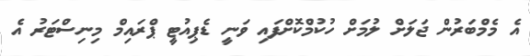
އެ މެމްބަރުން ޖަލަށް ލުމަށް ހުކުމްކޮށްފައި ވަނީ ޑެޕިއުޓީ ޕްރައިމް މިނިސްޓަރު އެ